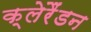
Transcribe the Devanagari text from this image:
क्लेरैंडन